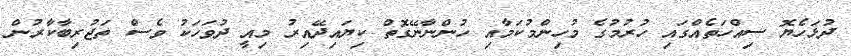
ދުޅަހެޔޮ ސިއްހަތެއްގައި ހުރުމުގެ މުހިންމުކަމާއި ހުންނާނޭގޮތް ކިޔައިދޭއިރު މިއީ ދުވަހަކު ވެސް ތަޖުރިބާކާރުން